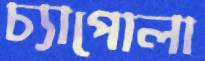
চ্যাপোলা